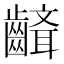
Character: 𪙘